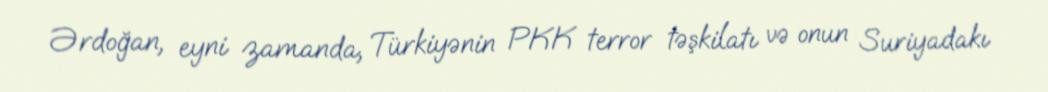
Ərdoğan, eyni zamanda, Türkiyənin PKK terror təşkilatı və onun Suriyadakı